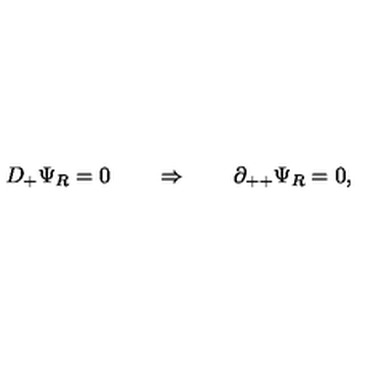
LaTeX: D _ { + } \Psi _ { R } = 0 \qquad \Rightarrow \qquad \partial _ { + + } \Psi _ { R } = 0 ,